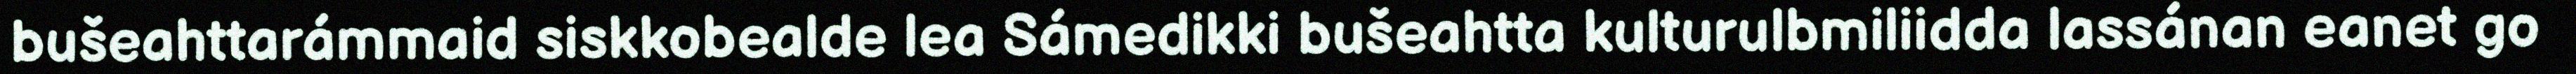
bušeahttarámmaid siskkobealde lea Sámedikki bušeahtta kulturulbmiliidda lassánan eanet go